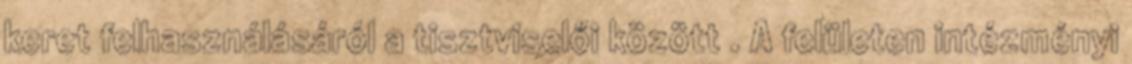
keret felhasználásáról a tisztviselői között . A felületen intézményi